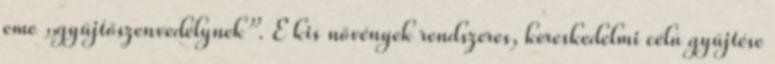
eme „gyűjtőszenvedélynek”. E kis növények rendszeres, kereskedelmi célú gyűjtése